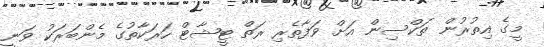
މީގެ އިތުރުން ތަކްސިން އަށް ވަފާތެރި ރަތް ޓީޝާޓް ހަރަކާތުގެ މެންބަރަކު ވަނީ